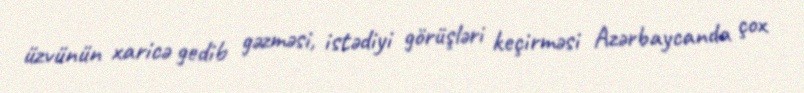
üzvünün xaricə gedib gəzməsi, istədiyi görüşləri keçirməsi Azərbaycanda çox